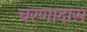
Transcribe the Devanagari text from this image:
चरणादास